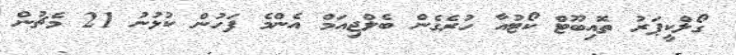
ގޯލްކީޕަރު ތޮއިބޫޓް ކޯޓުއާ ހުރެގެން ބެލްޖިއަމް އެންމެ ފަހުން ކުޅުނު 21 މެޗުން